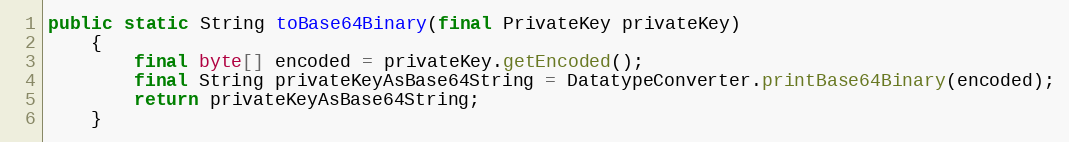
Language: Java
public static String toBase64Binary(final PrivateKey privateKey)
	{
		final byte[] encoded = privateKey.getEncoded();
		final String privateKeyAsBase64String = DatatypeConverter.printBase64Binary(encoded);
		return privateKeyAsBase64String;
	}